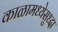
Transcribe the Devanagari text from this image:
काळामध्येसुध्दा